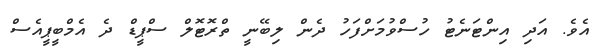
އެވެ. އަދި އިންޓަނެޓު ހުސްވުމަށްފަހު ދެން ލިބޭނީ ތްރޮޓޮލް ސްޕީޑް ދެ އެމްބީޕީއެސް